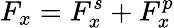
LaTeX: F_{x}=F_{x}^{s}+F_{x}^{p}